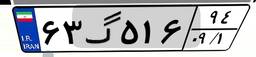
۶۳گ۵۱۶۹۴